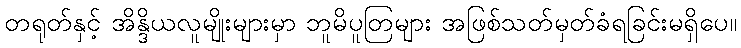
တရုတ်နှင့် အိန္ဒိယလူမျိုးများမှာ ဘူမိပူတြများ အဖြစ်သတ်မှတ်ခံရခြင်းမရှိပေ။